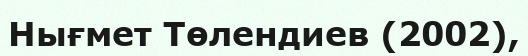
Нығмет Төлендиев (2002),